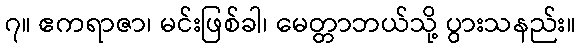
၇။ ဧကရာဇာ၊ မင်းဖြစ်ခါ၊ မေတ္တာဘယ်သို့ ပွားသနည်း။